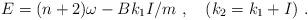
LaTeX: \begin{align*}E = (n+2)\omega - {B} k_1 I/m\ ,\quad (k_2 = k_1 + I)\ .\end{align*}